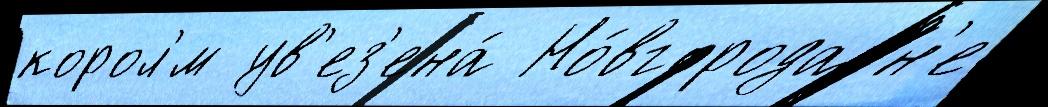
корол'́м ув'ез'ена́ Но́вгорода н'е